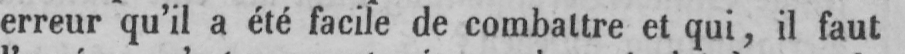
erreur qu’il a été facile de combattre et qui, il faut